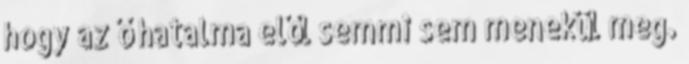
hogy az ő hatalma elől semmi sem menekül meg.